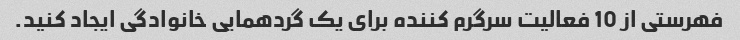
فهرستی از 10 فعالیت سرگرم کننده برای یک گردهمایی خانوادگی ایجاد کنید.